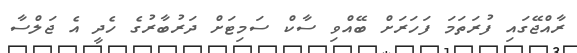
ރާއްޖޭގައި ފުރަތަމަ ފަހަރަށް ބޭއްވި ސާކް ސަމިޓަށް ދަރުބާރުގެ ހެދީ އެ ޖަލްސާ